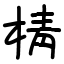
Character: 棈